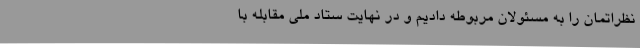
نظراتمان را به مسئولان مربوطه دادیم و در نهایت ستاد ملی مقابله با